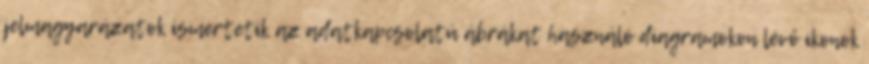
jelmagyarázatok ismertetik az adatkapcsolatú ábrákat használó diagramokon lévő ikonok